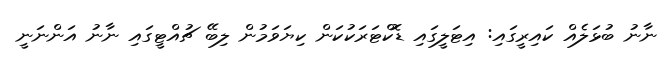
ނާނު ބުޅަލެއް ކައިރީގައި: އިޓަލީގައި ޑޮކްޓަރަކުކަން ކިޔަވަމުން ލިބޭ ޗުއްޓީގައި ނާނު އަންނަނީ